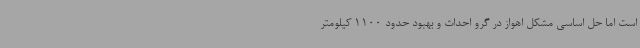
است اما حل اساسی مشکل اهواز در گرو احداث و بهبود حدود 1100 کیلومتر